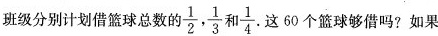
班级分别计划借篮球总数的\frac{1}{2}, \frac{1}{3}和\frac{1}{4}这60个篮球够借吗?如果